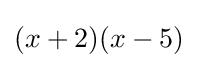
(x+2)(x-5)